Report of the Indian Hemp Drugs Commission, 1894-1895 - Volume IV
Year: 1894
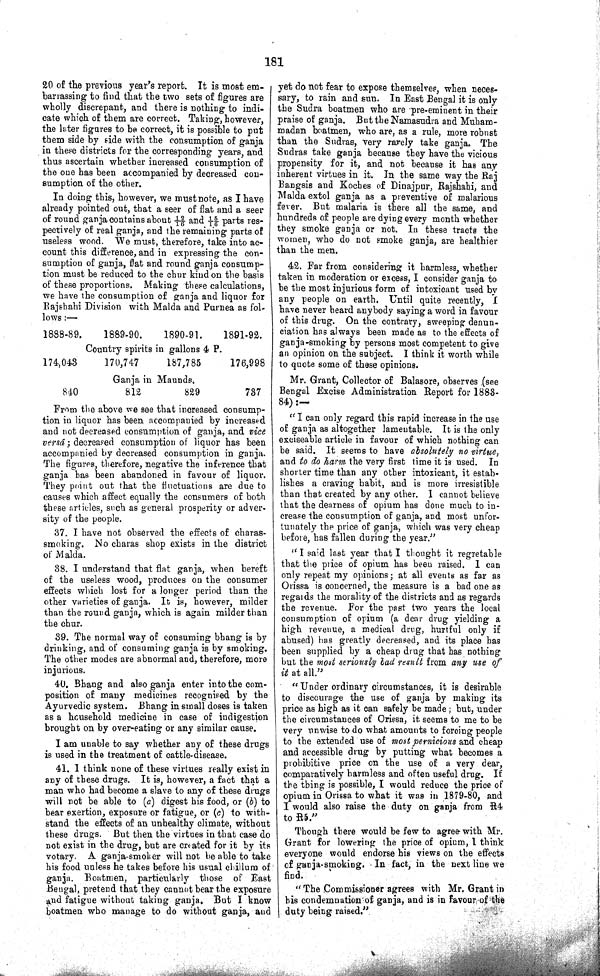
181
20 of the previous year's report. It is most em¬
barrassing to find that the two sets of figures are
wholly discrepant, and there is nothing to indi¬
cate which of them are correct. Taking, however,
the later figures to be correct, it is possible to put
them side by side with the consumption of ganja
in these districts for the corresponding years, and
thus ascertain whether increased consumption of
the one has been accompanied by decreased con¬
sumption of the other.
In doing this, however, we must note, as I have
already pointed out, that a seer of flat and a seer
of round ganja contains about 12/16 and 15/16 parts res¬
pectively of real ganja, and the remaining parts of
useless wood. We must, therefore, take into ac¬
count this difference, and in expressing the con¬
sumption of ganja, flat and round ganja consump¬
tion must be reduced to the chur kind on the basis
of these proportions. Making these calculations,
we have the consumption of ganja and liquor for
Rajshahi Division with Malda and Purnea as fol¬
lows:—
1888-89.
1889-90.
1890-91.
1891-92.
Country spirits in gallons 4 P.
174,043
170,747
187,785
176,998
Ganja in Maunds.
840
812
829
737
From the above we see that increased consump¬
tion in liquor has been accompanied by increased
and not decreased consumption of ganja, and vice
versá; decreased consumption of liquor has been
accompanied by decreased consumption in ganja.
The figures, therefore, negative the inference that
ganja has been abandoned in favour of liquor.
They point out that the fluctuations are due to
causes which affect equally the consumers of both
these articles, such as general prosperity or adver¬
sity of the people.
37. I have not observed the effects of charas-
smoking. No charas shop exists in the district
of Malda.
38. I understand that flat ganja, when bereft
of the useless wood, produces on the consumer
effects which lost for a longer period than the
other varieties of ganja. It is, however, milder
than the round ganja, which is again milder than
the chur.
39. The normal way of consuming bhang is by
drinking, and of consuming ganja is by smoking.
The other modes are abnormal and, therefore, more
injurious.
40. Bhang and also ganja enter into the com¬
position of many medicines recognised by the
Ayurvedic system. Bhang in small doses is taken
as a household medicine in case of indigestion
brought on by over-eating or any similar cause.
I am unable to say whether any of these drugs
is used in the treatment of cattle-disease.
41. I think none of these virtues really exist in
any of these drugs. It is, however, a fact that a
man who had become a slave to any of these drugs
will not be able to (a) digest his food, or (b) to
bear exertion, exposure or fatigue, or (c) to with¬
stand the effects of an unhealthy climate, without
these drugs. But then the virtues in that case do
not exist in the drug, but are created for it by its
votary. A ganja-smoker will not be able to take
his food unless he takes before his usual chillum of
ganja. Boatmen, particularly those of East
Bengal, pretend that they cannot bear the exposure
and fatigue without taking ganja. But I know
boatmen who manage to do without ganja, and
yet do not fear to expose themselves, when neces¬
sary, to rain and sun. In East Bengal it is only
the Sudra boatmen who are pre-eminent in their
praise of ganja. But the Namasudra and Muham-
madan boatmen, who are, as a rule, more robust
than the Sudras, very rarely take ganja. The
Sudras take ganja because they have the vicious
propensity for it, and not because it has any
inherent virtues in it. In the same way the Raj
Bangsis and Koches of Dinajpur, Rajshahi, and
Malda extol ganja as a preventive of malarious
fever. But malaria is there all the same, and
hundreds of people are dying every month whether
they smoke ganja or not. In these tracts the
women, who do not smoke ganja, are healthier
than the men.
42. Far from considering it harmless, whether
taken in moderation or excess, I consider ganja to
be the most injurious form of intoxicant used by
any people on earth. Until quite recently, I
have never heard anybody saying a word in favour
of this drug. On the contrary, sweeping denun¬
ciation has always been made as to the effects of
ganja-smoking by persons most competent to give
an opinion on the subject. I think it worth while
to quote some of these opinions.
Mr. Grant, Collector of Balasore, observes (see
Bengal Excise Administration Report for 1883-
84):—
"I can only regard this rapid increase in the use
of ganja as altogether lamentable. It is the only
exciseable article in favour of which nothing can
be said. It seems to have absolutely no virtue,
and to do harm the very first time it is used. In
shorter time than any other intoxicant, it estab¬
lishes a craving habit, and is more irresistible
than that created by any other. I cannot believe
that the dearness of opium has done much to in¬
crease the consumption of ganja, and most unfor¬
tunately the price of ganja, which was very cheap
before, has fallen during the year."
" I said last year that I thought it regretable
that the price of opium has been raised. I can
only repeat my opinions; at all events as far as
Orissa is concerned, the measure is a bad one as
regards the morality of the districts and as regards
the revenue. For the past two years the local
consumption of opium (a dear drug yielding a
high revenue, a medical drug, hurtful only if
abused) has greatly decreased, and its place has
been supplied by a cheap drug that has nothing
but the most seriously bad result from any use of
it at all."
"Under ordinary circumstances, it is desirable
to discourage the use of ganja by making its
price as high as it can safely be made; but, under
the circumstances of Orissa, it seems to me to be
very unwise to do what amounts to forcing people
to the extended use of most pernicious and cheap
and accessible drug by putting what becomes a
prohibitive price on the use of a very dear,
comparatively harmless and often useful drug. If
the thing is possible, I would reduce the price of
opium in Orissa to what it was in 1879-80, and
I would also raise the duty on ganja from R4
to R5."
Though there would be few to agree with Mr.
Grant for lowering the price of opium, I think
everyone would endorse his views on the effects
of ganja-smoking. In fact, in the next line we
find.
"The Commissioner agrees with Mr. Grant in
his condemnation of ganja, and is in favour of the
duty being raised."